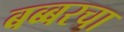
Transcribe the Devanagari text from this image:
बब्बरचा